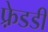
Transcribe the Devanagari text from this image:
फ़्रेडडी